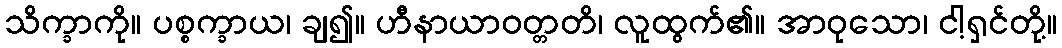
သိက္ခာကို။ ပစ္စက္ခာယ၊ ချ၍။ ဟီနာယာဝတ္တတိ၊ လူထွက်၏။ အာဝုသော၊ ငါ့ရှင်တို့။